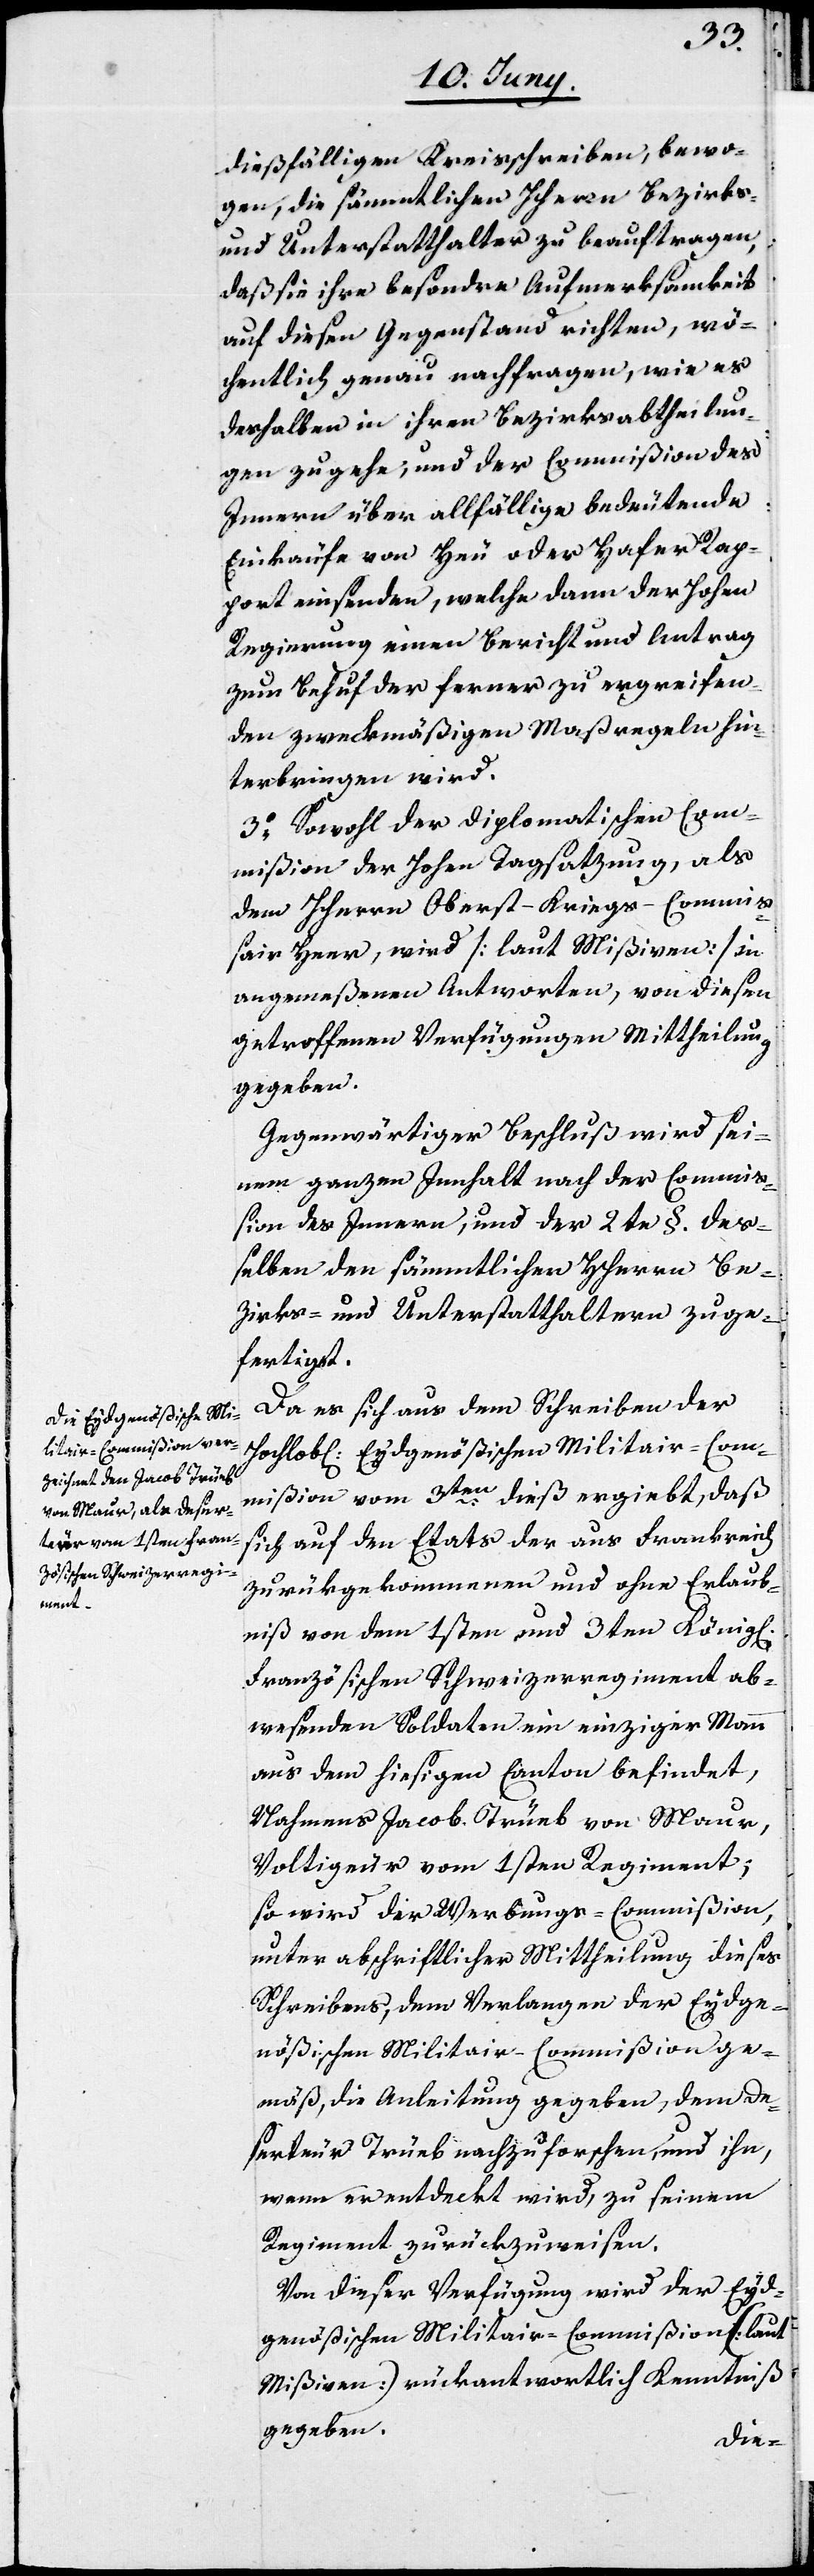
dießfälligen Kreisschreiben, bewo¬
gen, die sämmtlichen HHerrn Bezirks-
und Unterstatthalter zu beauftragen,
daß sie ihre besondere Aufmerksamkeit
auf diesen Gegenstand richten, wö¬
chentlich genau nachfragen, wie es
deßhalben in ihren Bezirksabtheilun¬
gen zugehe; und der Commißion des
Inneren über allfällige bedeutende
Einkäufe von Heu oder Hafer Rap¬
port einsenden, welche dann der Hohen
Regierung einen Bericht und Antrag
zum Behuf der ferner zu ergreifen¬
den zweckmäßigen Maßregeln hin¬
terbringen wird.
3o Sowohl der Diplomatischen Com¬
mißion der Hohen Tagsatzung, als
Heer, wird (laut Mißiven) in
angemeßenen Antworten, von diesen
getroffenen Verfügungen Mittheilung
gegeben.
Gegenwärtiger Beschluß wird sei¬
nem ganzen Inhalt nach der Commi¬
ßion des Innern, und der 2te §. deß¬
elben den sämmtlichen HHerren Be¬
zirks- und Unterstatthaltern zuge¬
fertiget.
Da es sich aus dem Schreiben der
Hochlob[lichen] Eydgenößischen Militair-Com¬
mißion vom 3ten dieß ergiebt, daß
sich auf den Etats der aus Frankreich
zurükgekommenen und ohne Erlaub¬
niß von dem 1sten und 3ten König[lich]
Französischen Schweizerregiment ab¬
wesenden Soldaten ein einziger Mann
aus dem hiesigen Canton befindet,
Nahmens Jacob Trüeb von Maur,
Voltigeur vom 1sten Regiment;
so wird der Werbungs-Commißion,
unter abschriftlicher Mittheilung dieses
Schreibens, dem Verlangen der Eydge¬
nößischen Militair-Commißion ge¬
mäß, die Anleitung gegeben, dem De¬
serteur Trüeb nachzuforschen, und ihn,
wenn er entdeckt wird, zu seinem
Regiment zurückzuweisen.
Von dieser Verfügung wird der Eyd¬
genößischen Militair-Commißion [laut
Mißiven] rückantwortlich Kenntniß
gegeben.